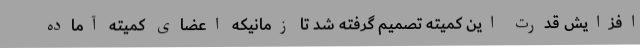
افزایش قدرت این کمیته تصمیم گرفته شد تا زمانیکه اعضای کمیته آماده